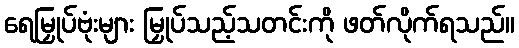
ရေမြှုပ်ဗုံးများ မြှုပ်သည့်သတင်းကို ဖတ်လိုက်ရသည်။